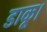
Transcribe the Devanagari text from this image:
डाकू।